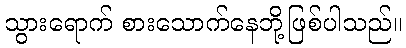
သွားရောက် စားသောက်နေဘို့ဖြစ်ပါသည်။